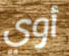
أوي